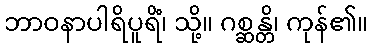
ဘာဝနာပါရိပူရိံ၊ သို့။ ဂစ္ဆန္တိ၊ ကုန်၏။